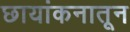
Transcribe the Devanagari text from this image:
छायांकनातून